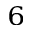
^ 6